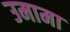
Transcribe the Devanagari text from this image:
उमामा